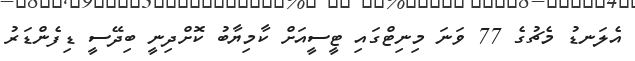
އެލަނޑު މެޗުގެ 77 ވަނަ މިނިޓްގައި ޓީސީއަށް ކާމިޔާބު ކޮށްދިނީ ބިދޭސީ ޑިފެންޑަރު